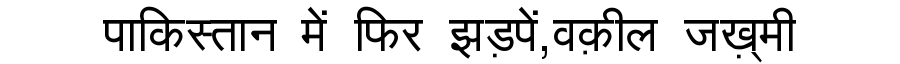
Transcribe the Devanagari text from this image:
पाकिस्तान में फिर झड़पें,वक़ील जख़्मी